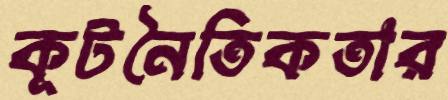
কূটনৈতিকতার